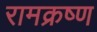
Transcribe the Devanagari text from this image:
रामक्रष्ण